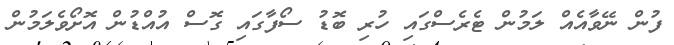
ފުން ނޭވާއެއް ލަމުން ޓެރެސްގައި ހުރި ބޮޑު ސޯފާގައި ގޮސް އުއްޑުން އޮށޯވެލަމުން